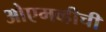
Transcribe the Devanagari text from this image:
ओएमव्हीची